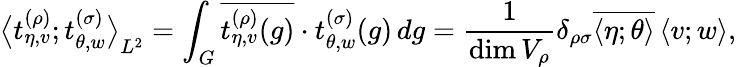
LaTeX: {\bigl<t_{\eta,v}^{(\rho)};t_{\theta,w}^{(\sigma)}\bigr>}_{L^{2}}=\int_{G}\overline{{{t_{\eta,v}^{(\rho)}(g)}}}\cdot t_{\theta,w}^{(\sigma)}(g)\, dg=\frac{1}{\dim V_{\rho}}\delta_{\rho\sigma}\overline{{{\left<\eta;\theta\right>}}}\left<v;w\right>,